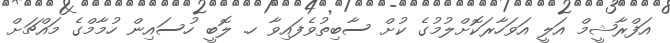
އަފްރާޝީމް އަލީ އަވަހާރަކޮށްލުމުގެ ކުށް ސާބިތުވެފައިވާ ހ. ލޮބީ ހުސައިން ހުމާމްގެ މައްޗަށް